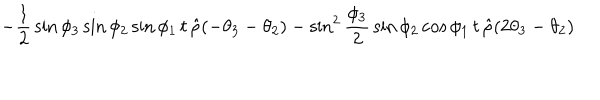
\! \! \! \! \! \! \! \! \! \! - { \frac { 1 } { 2 } } \sin { \phi _ { 3 } } \sin { \phi _ { 2 } } \sin { \phi _ { 1 } } \, t \, \hat { \rho } ( - \theta _ { 3 } - \theta _ { 2 } ) - \sin ^ { 2 } { \frac { \phi _ { 3 } } { 2 } } \sin { \phi _ { 2 } } \cos { \phi _ { 1 } } \, t \, \hat { \rho } ( 2 \theta _ { 3 } - \theta _ { 2 } )